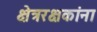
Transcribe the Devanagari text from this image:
क्षेत्ररक्षकांना